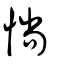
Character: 惝